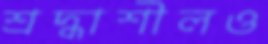
শ্রদ্ধাশীলও